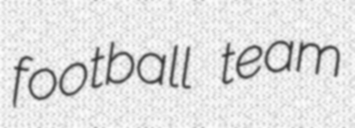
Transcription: football team